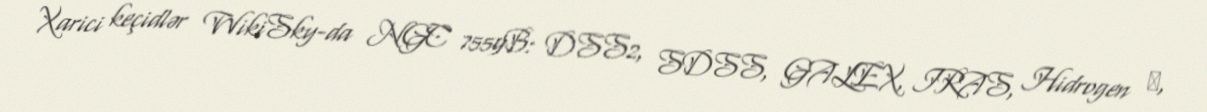
Xarici keçidlər WikiSky-da NGC 7559B: DSS2, SDSS, GALEX, IRAS, Hidrogen α,